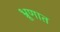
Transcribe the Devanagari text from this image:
भ्रूणात